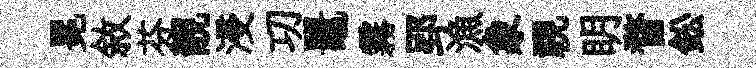
冕敘芬靚浸㓛鼉霧郢漁象視眀瞀鈆